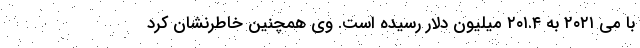
با می ۲۰۲۱ به ۲۰۱.۴ میلیون دلار رسیده است. وی همچنین خاطرنشان کرد